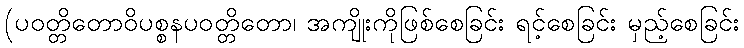
(ပဝတ္တိတောဝိပစ္စနပဝတ္တိတော၊ အကျိုးကိုဖြစ်စေခြင်း ရင့်စေခြင်း မှည့်စေခြင်း